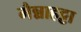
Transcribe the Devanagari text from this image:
मैन्नाहट्टा